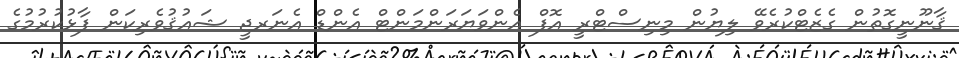
ޤާނޫނީގޮތުން ގެޒެޓްކުރެވޭ ލިޔުން މިނިސްޓްރީ އޮފް އެންވަޔަރަންމަންޓް އެންޑް އެނަރޖީ ޝައުޤުވެރިކަން ފާޅުކުރުމުގެ